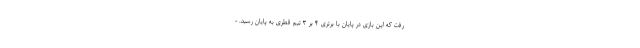
رفت که این بازی در پایان با برتری ۴ بر ۳ تیم قطری به پایان رسید. -